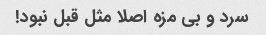
سرد و بی مزه اصلا مثل قبل نبود!